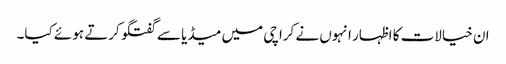
ان خیالات کا اظہار انہوں نے کراچی میں میڈیا سے گفتگو کرتے ہوئے کیا۔